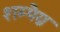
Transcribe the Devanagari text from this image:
शम्पैग्न